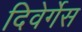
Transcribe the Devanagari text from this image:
दिवेर्गेस